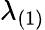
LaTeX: \lambda_{(1)}